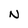
Character: N